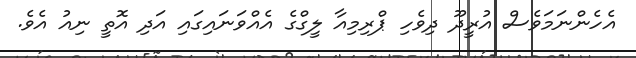
އެހެންނަމަވެސް އުރީދޫ ދިވެހި ޕްރިމިއާ ލީގްގެ އެއްވަނައިގައި އަދި އޮތީ ނިއު އެވެ.